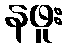
နဖူး